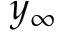
y _ { \infty }